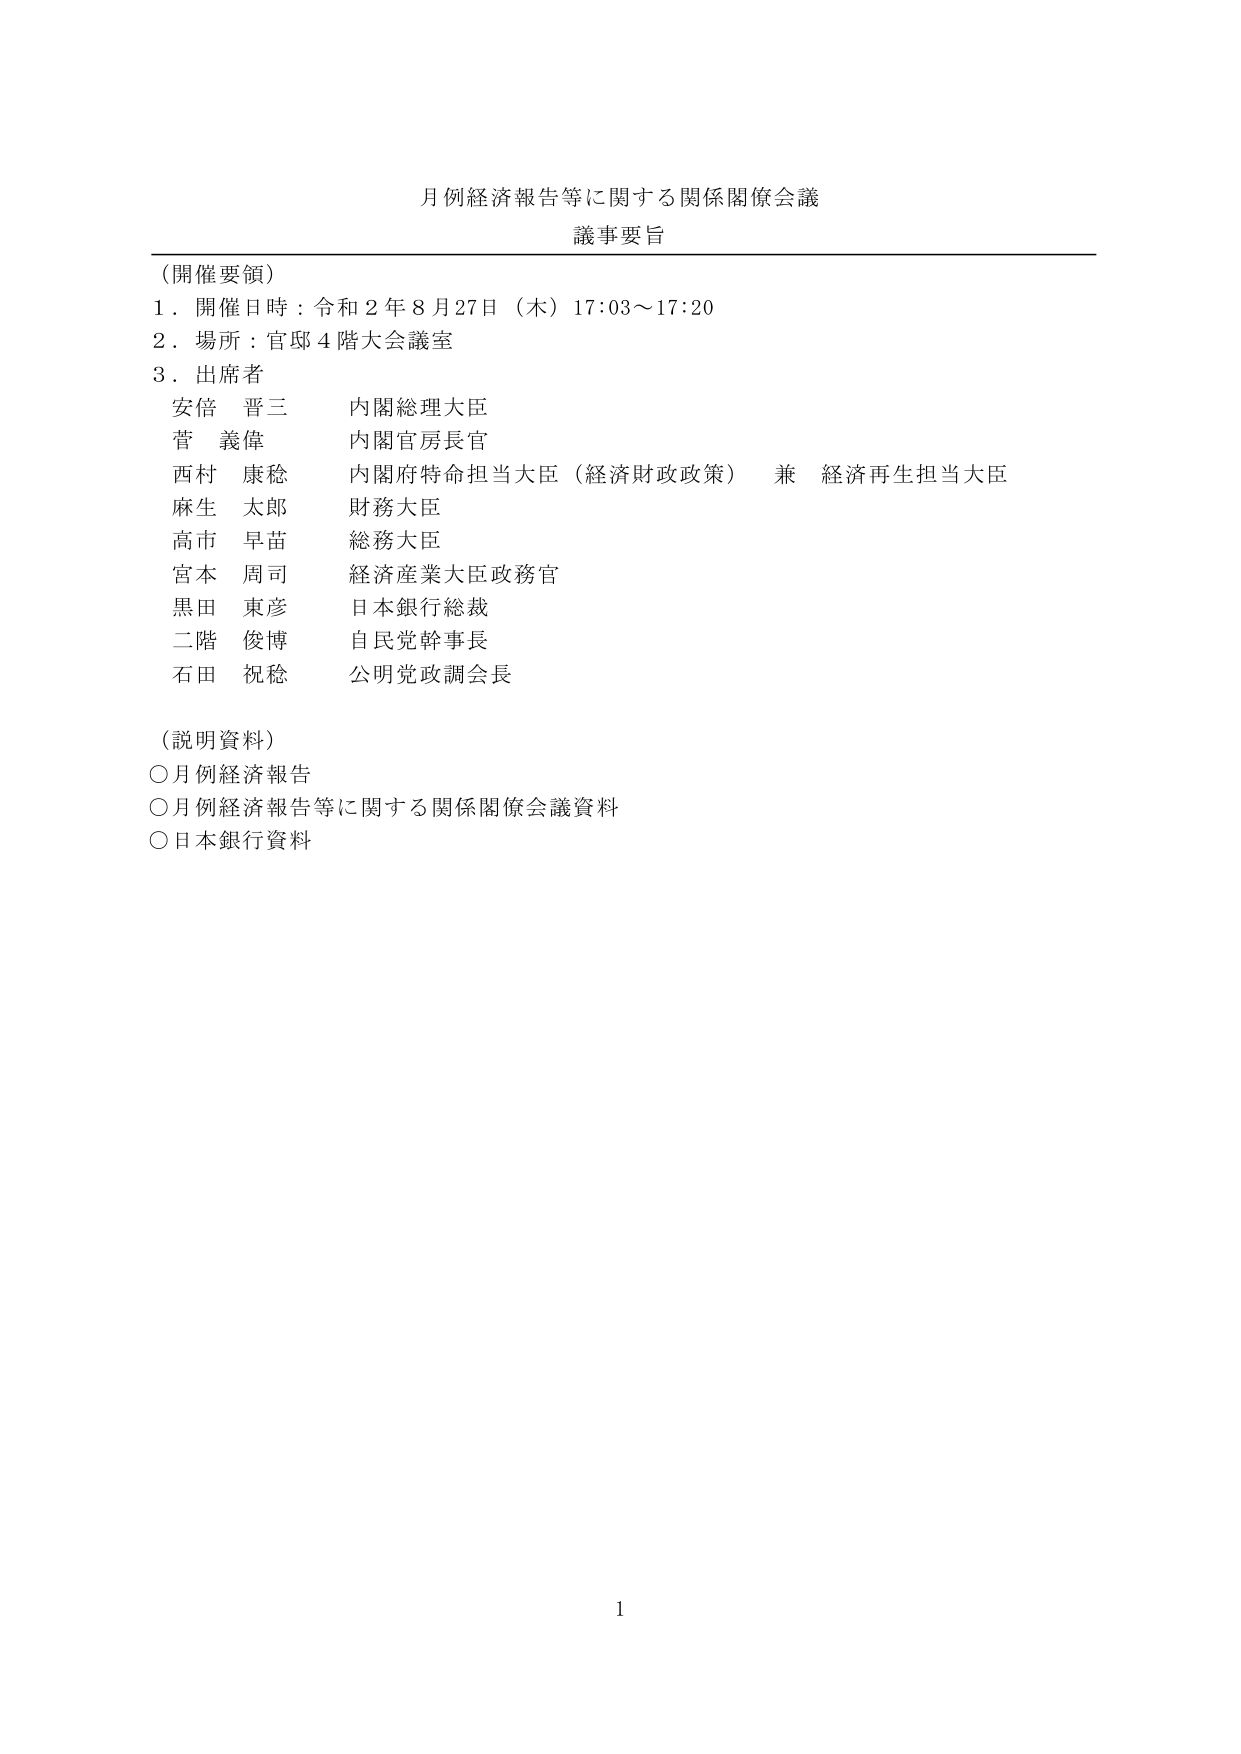
月例経済報告等に関する関係閣僚会議
議事要旨

（開催要領）
１．開催日時：令和２年８月27日（木）17:03～17:20
２．場所：官邸４階大会議室
３．出席者
安倍 晋三 内閣総理大臣
菅 義偉 内閣官房長官
西村 康稔 内閣府特命担当大臣（経済財政政策） 兼 経済再生担当大臣
麻生 太郎 財務大臣
高市 早苗 総務大臣
宮本 周司 経済産業大臣政務官
黒田 東彦 日本銀行総裁
二階 俊博 自民党幹事長
石田 祝稔 公明党政調会長

（説明資料）
○月例経済報告
○月例経済報告等に関する関係閣僚会議資料
○日本銀行資料

1